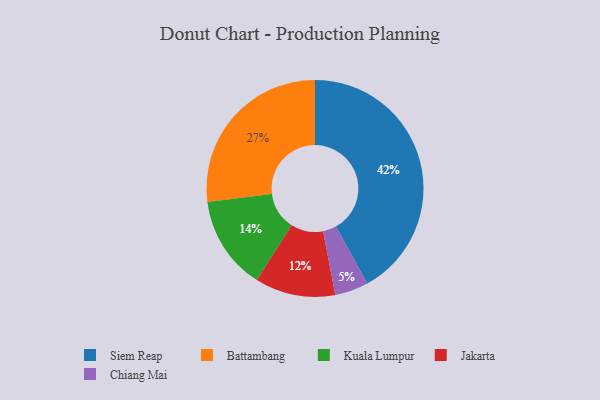
{"axis": {"x": "Category", "y": "Percentage"}, "legend": ["Battambang", "Chiang Mai", "Jakarta", "Kuala Lumpur", "Siem Reap"], "data": [{"x": "Battambang", "y": 27, "type": "Battambang"}, {"x": "Jakarta", "y": 12, "type": "Jakarta"}, {"x": "Siem Reap", "y": 42, "type": "Siem Reap"}, {"x": "Chiang Mai", "y": 5, "type": "Chiang Mai"}, {"x": "Kuala Lumpur", "y": 14, "type": "Kuala Lumpur"}]}